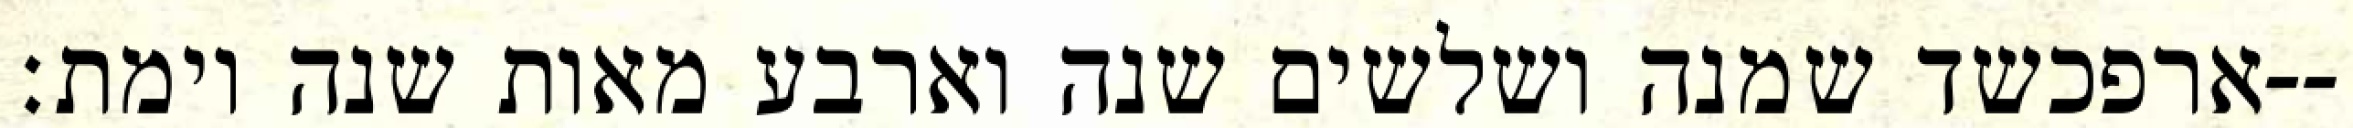
ארפכשד שמנה ושלשים שנה וארבע מאות שנה וימת׃--